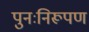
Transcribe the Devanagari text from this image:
पुनःनिरूपण